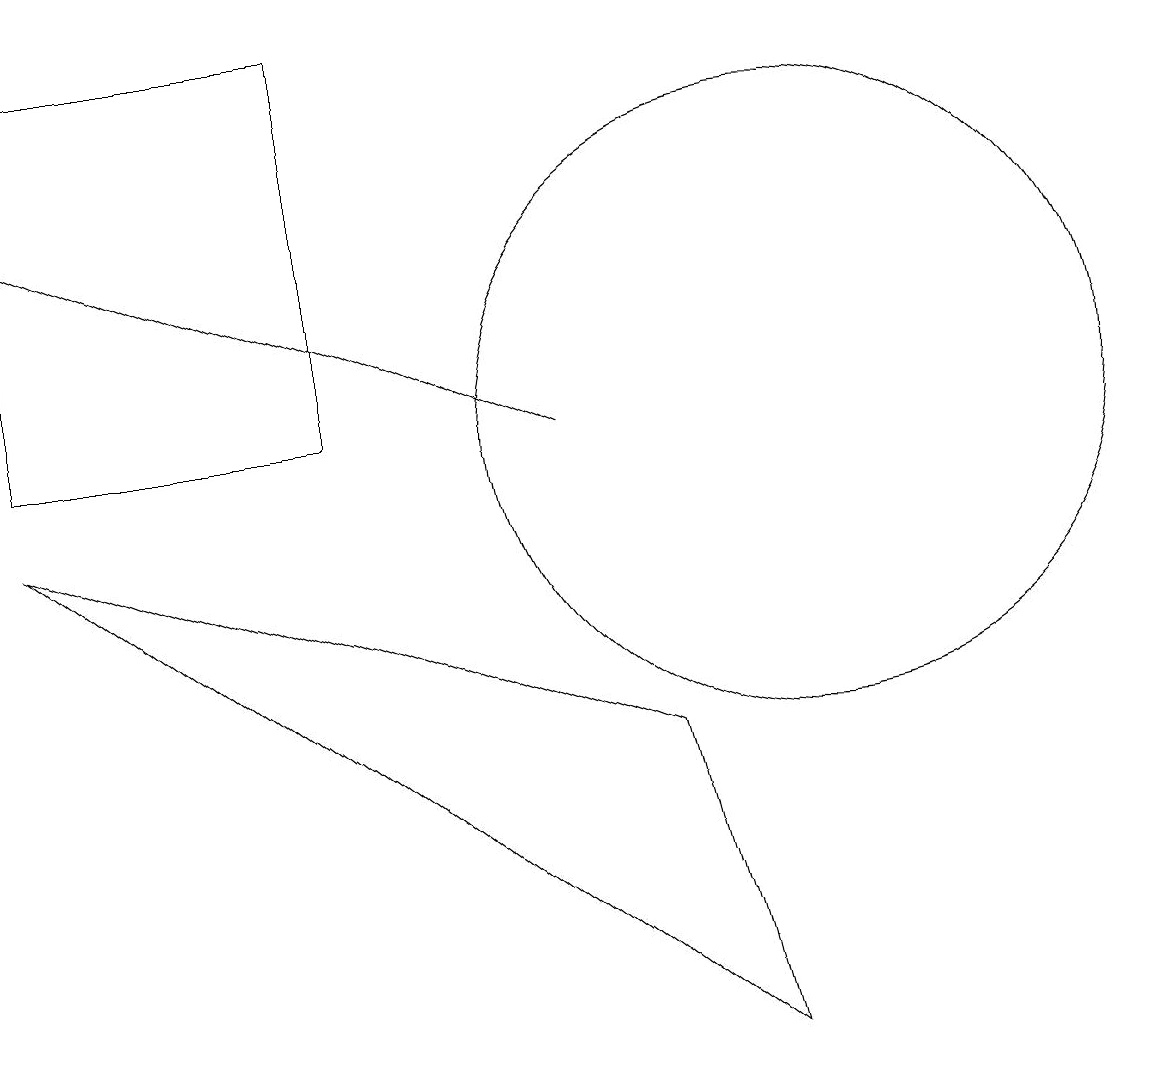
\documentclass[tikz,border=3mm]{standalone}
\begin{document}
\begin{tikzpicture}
\draw (0,9) -- (9,2) -- (8,6) -- cycle;
\draw (0,10) rectangle (4,15);
\draw[->] (7,10) -- (0,13);
\draw (10,12) circle (0);
\draw (10,10) circle (4);
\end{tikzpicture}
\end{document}